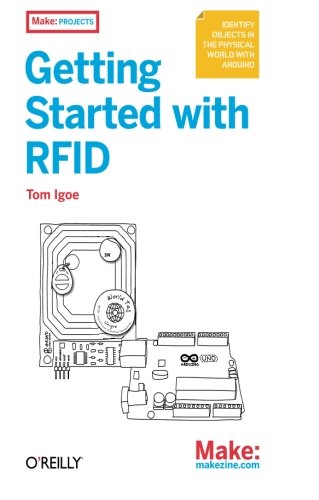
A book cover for Make: Getting Started with RFID: Identify Objects in the Physical World with Arduino (Make: Projects); Tom Igoe; Computers & Technology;